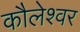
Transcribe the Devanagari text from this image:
कौलेश्वर